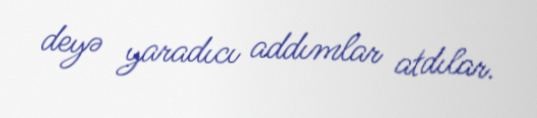
deyə yaradıcı addımlar atdılar.